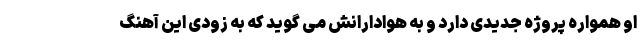
او همواره پروژه جدیدی دارد و به هوادارانش می گوید که به زودی این آهنگ